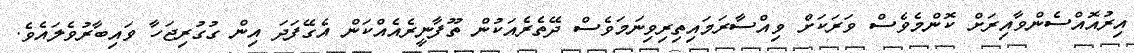
އިރުއޮއްސެންވާއިރަށް ކޮންމެވެސް ވަރަކަށް ވިއްސާރަމައިތިރިވިނަމަވެސް ދޭތެރެއަކުން ތޫފާނީރެއެއްކަން އެގޭފަދަ އިން ގުގުރިޖަހާ ވައިބާރުވެލައެވެ.